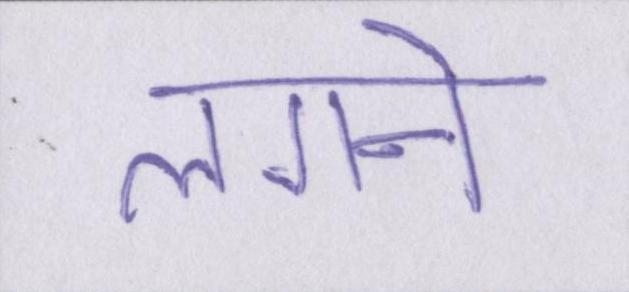
लगने